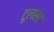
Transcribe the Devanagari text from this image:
टूलसेट